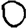
Digit: 0